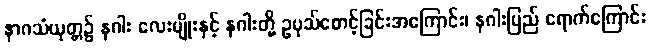
နာဂသံယုတ္တ၌ နဂါး လေးမျိုးနှင့် နဂါးတို့ ဥပုသ်စောင့်ခြင်းအကြောင်း၊ နဂါးပြည် ရောက်ကြောင်း